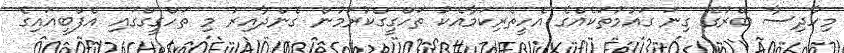
މިހާދިސާ ބޭރުގެ ގިނަ ގައުމުތަކެއްގެ އެހީތެރިކަމާއެކު ތަހްގީގްކުރަމުން ގެންދާއިރު މި ތަހްގީގްގައި އެފްބީއައިގެ